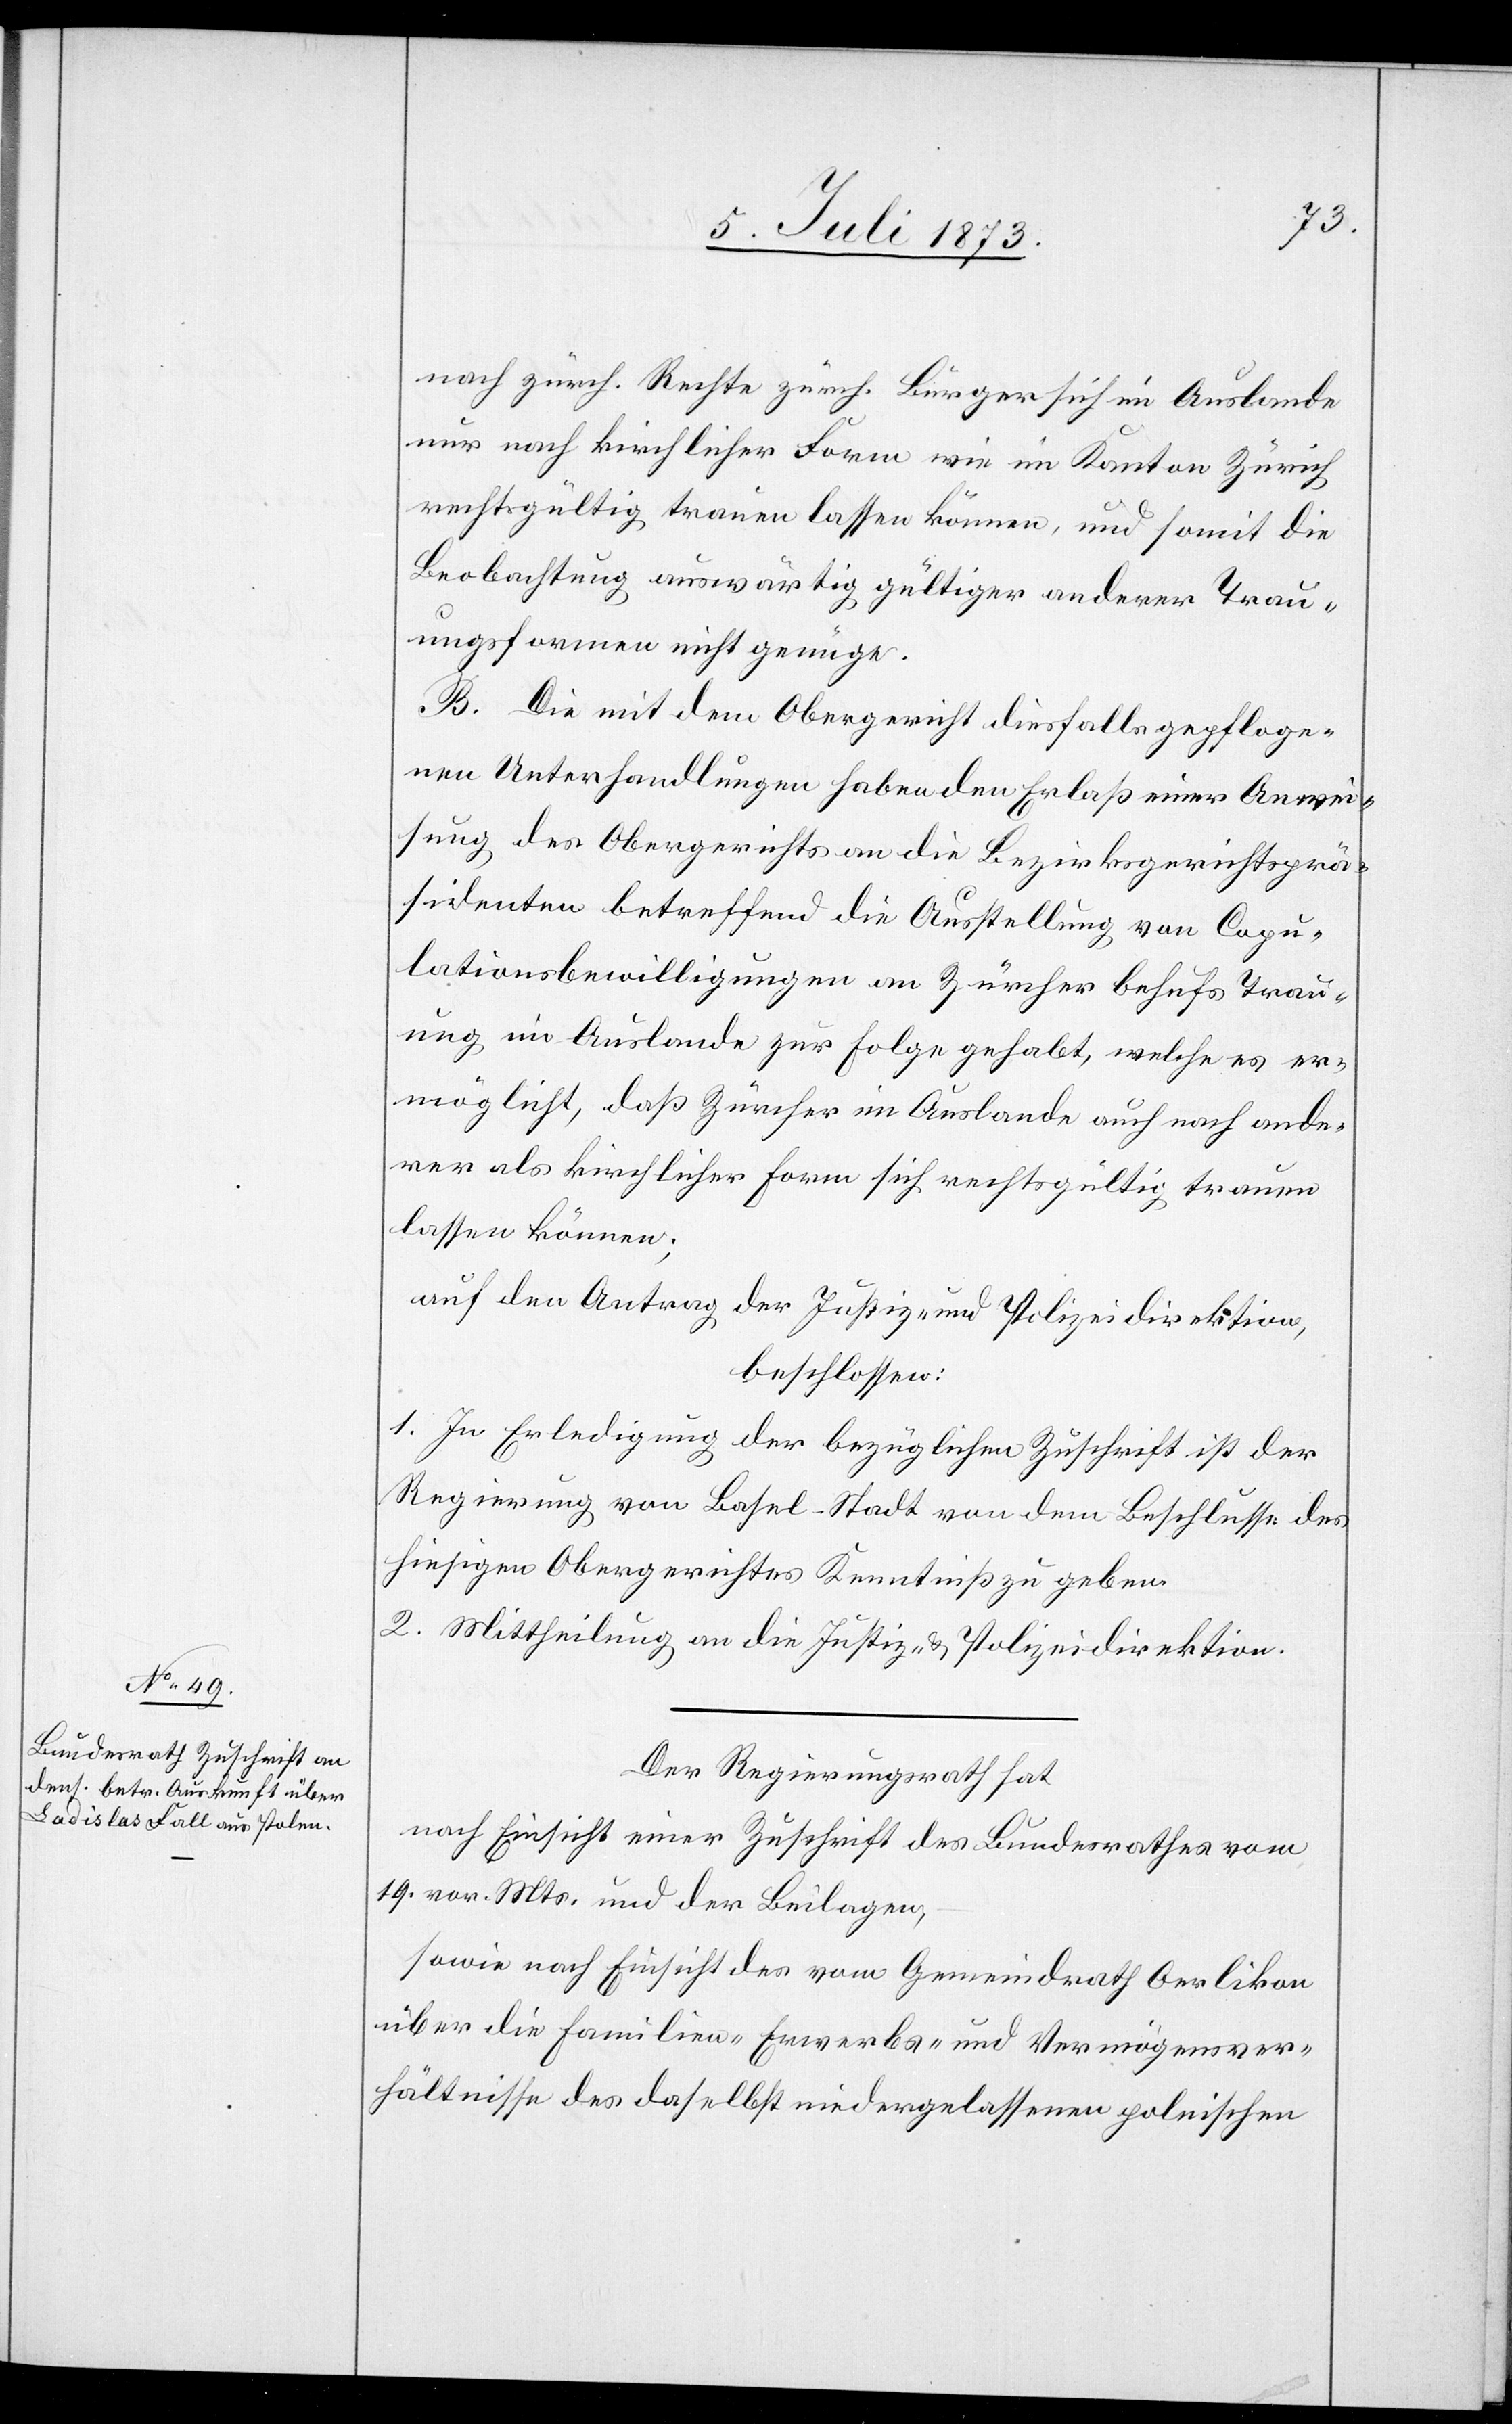
nach zürch. Rechte zürch. Bürger sich im Auslande
nur nach kirchlicher Form wie im Kanton Zürich
rechtsgültig trauen lassen können, und somit die
Beobachtung auswärtig gültiger anderer Trau¬
ungsformen nicht genüge.
B. Die mit dem Obergericht diesfalls gepfloge¬
nen Unterhandlungen haben den Erlaß einer Anwei¬
sung des Obergerichts an die Bezirksgerichtsprä¬
sidenten betreffend die Ausstellung von Copu¬
lationsbewilligungen an Zürcher behufs Trau¬
ung im Auslande zur Folge gehabt, welche es er¬
möglicht, daß Zürcher im Auslande auch nach ande¬
rer als kirchlicher Form sich rechtsgültig trauen
lassen können;
auf den Antrag der Justiz- und Polizeidirektion,
beschlossen:
1. In Erledigung der bezüglichen Zuschrift ist der
Regierung von Basel-Stadt von dem Beschlusse des
hiesigen Obergerichtes Kenntniß zu geben.
2. Mittheilung an die Justiz- & Polizeidirektion.
Der Regierungsrath hat
nach Einsicht einer Zuschrift des Bundesrathes vom
19. vor. Mts. und der Beilagen,
sowie nach Einsicht des vom Gemeindrath Oerlikon
über die Familien- Erwerbs- und Vermögensver¬
hältnisse des daselbst niedergelassenen polnischen